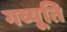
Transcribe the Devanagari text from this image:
गव्यूति